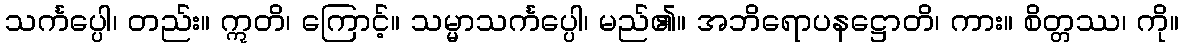
သင်္ကပ္ပေါ၊ တည်း။ ဣတိ၊ ကြောင့်။ သမ္မာသင်္ကပ္ပေါ၊ မည်၏။ အဘိရောပနဋ္ဌောတိ၊ ကား။ စိတ္တဿ၊ ကို။